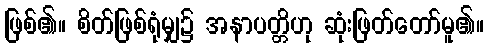
ဖြစ်၏။ စိတ်ဖြစ်ရုံမျှ၌ အနာပတ္တိဟု ဆုံးဖြတ်တော်မူ၏။